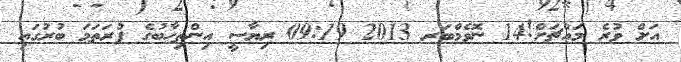
އަށް ވުރެ މައްޗަށް!14 ނޮވެމްބަރ 2013 09:19 ރިޔާސީ އިންތިހާބުގެ ފުރަތަމަ ބުރުގައި